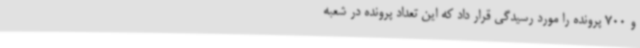
و 700 پرونده را مورد رسیدگی قرار داد که این تعداد پرونده در شعبه